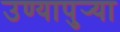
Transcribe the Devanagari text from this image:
उण्यापुर्‍या